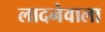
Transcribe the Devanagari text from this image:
लादनेवाला